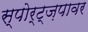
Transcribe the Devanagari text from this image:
स्पोर्ट्ज़पावर